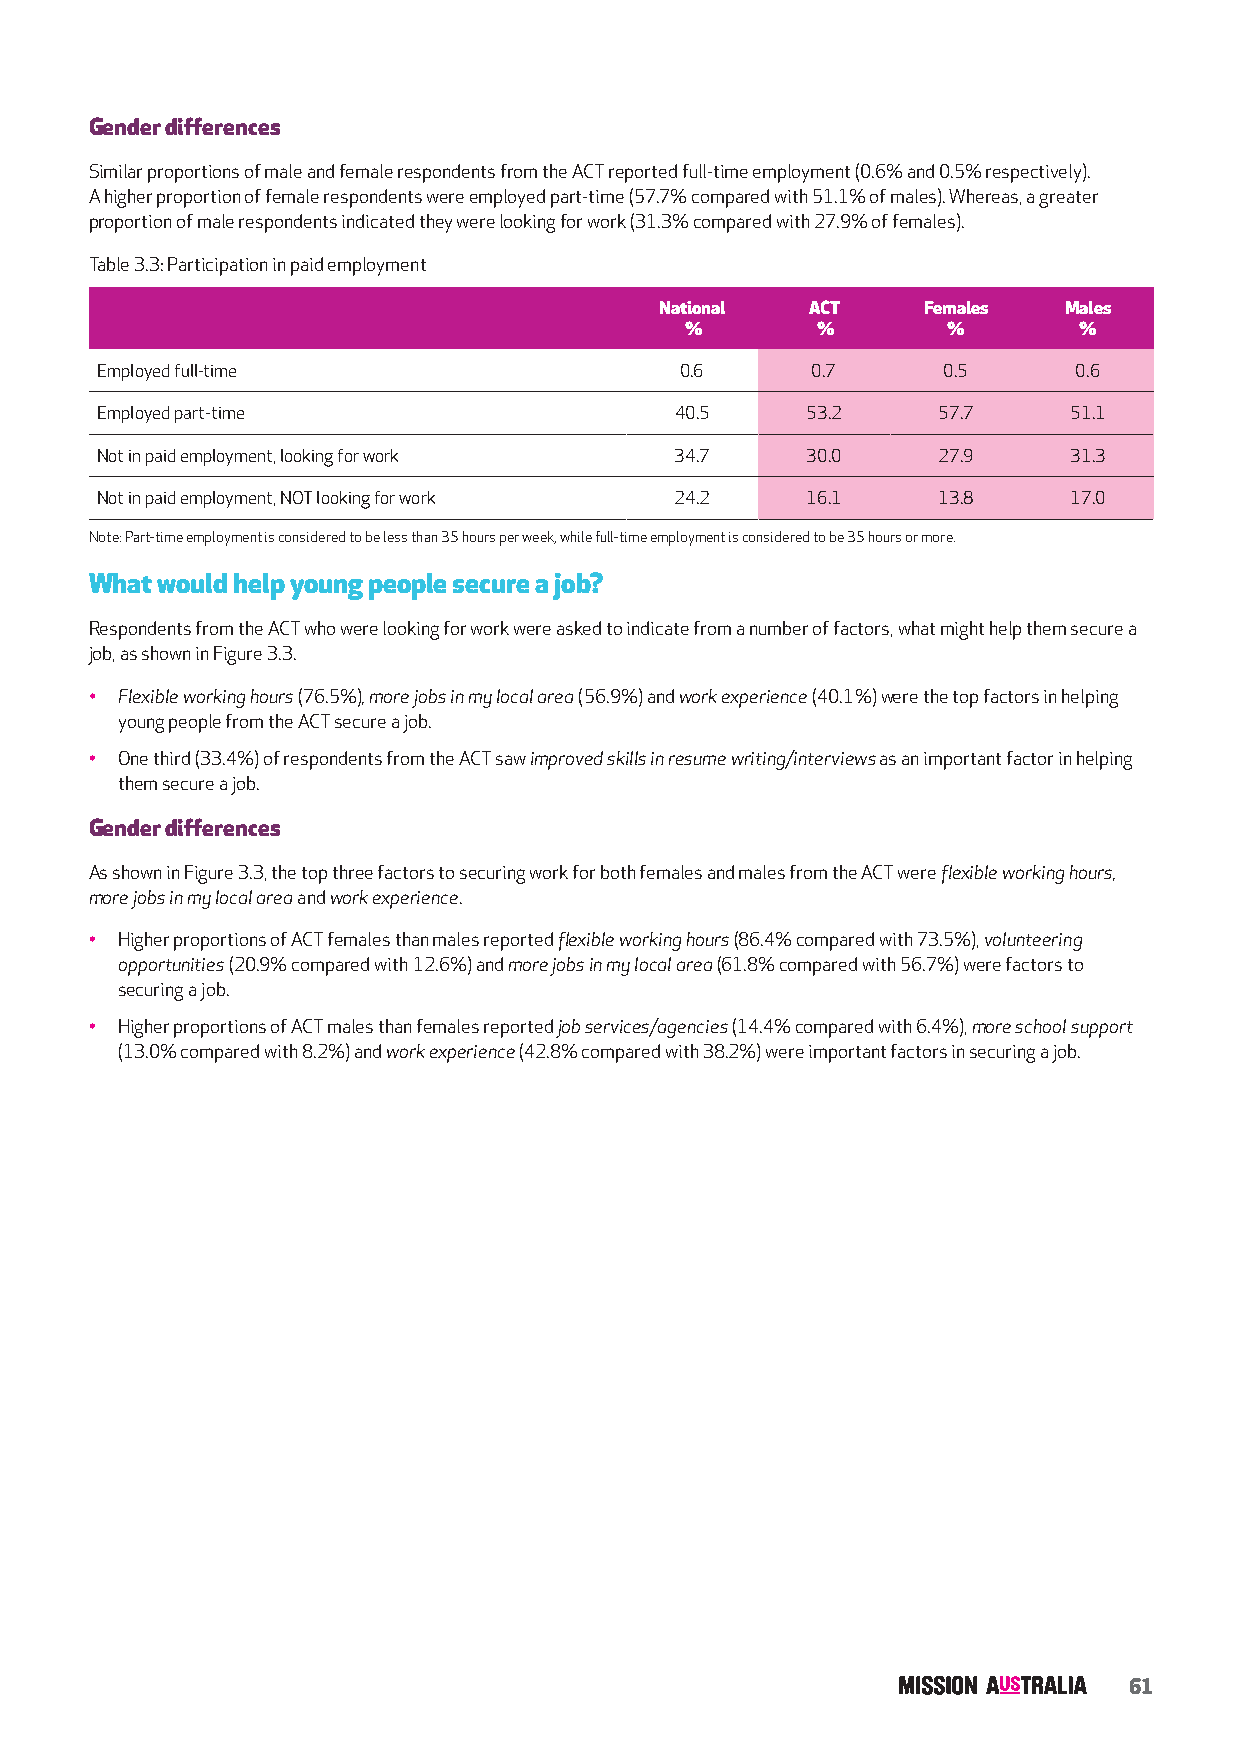
Gender differences
 Similar proportions of male and female respondents from the ACT reported full-time employment (0.6% and 0.5% respectively).
 A higher proportion of female respondents were employed part-time (57.7% compared with 51.1% of males). Whereas, a greater
 proportion of male respondents indicated they were looking for work (31.3% compared with 27.9% of females).
 Table 3.3: Participation in paid employment
 National  ACT    Females  Males
 %        %        %       %
 Employed full-time                     0.6      0.7     0.5      0.6
 Employed part-time                     40.5    53.2     57.7     51.1
 Not in paid employment, looking for work 34.7  30.0     27.9     31.3
 Not in paid employment, NOT looking for work 24.2 16.1  13.8     17.0
 Note: Part-time employment is considered to be less than 35 hours per week, while full-time employment is considered to be 35 hours or more.
 What would help young people secure a job?
 Respondents from the ACT who were looking for work were asked to indicate from a number of factors, what might help them secure a
 job, as shown in Figure 3.3.
 • Flexible working hours (76.5%), more jobs in my local area (56.9%) and work experience (40.1%) were the top factors in helping
 young people from the ACT secure a job.
 • One third (33.4%) of respondents from the ACT saw improved skills in resume writing/interviews as an important factor in helping
 them secure a job.
 Gender differences
 As shown in Figure 3.3, the top three factors to securing work for both females and males from the ACT were flexible working hours,
 more jobs in my local area and work experience.
 • Higher proportions of ACT females than males reported flexible working hours (86.4% compared with 73.5%), volunteering
 opportunities (20.9% compared with 12.6%) and more jobs in my local area (61.8% compared with 56.7%) were factors to
 securing a job.
 • Higher proportions of ACT males than females reported job services/agencies (14.4% compared with 6.4%), more school support
 (13.0% compared with 8.2%) and work experience (42.8% compared with 38.2%) were important factors in securing a job.
 61